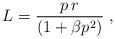
LaTeX: \begin{align*}L = \frac{ p\,r }{(1+\beta p^2)}\;,\end{align*}